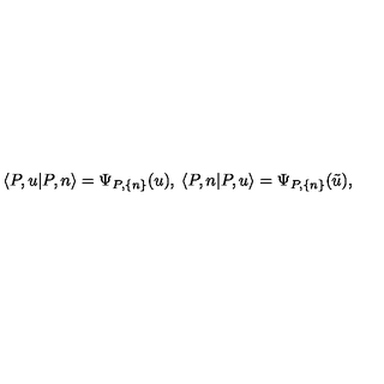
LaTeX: \langle P , u | P , n \rangle = \Psi _ { P , \{ n \} } ( u ) , \: \langle P , n | P , u \rangle = \Psi _ { P , \{ n \} } ( \tilde { u } ) ,